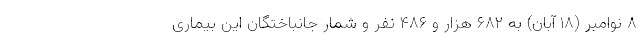
۸ نوامبر (۱۸ آبان) به ۶۸۲ هزار و ۴۸۶ نفر و شمار جانباختگان این بیماری